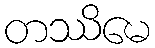
တဿိမေ